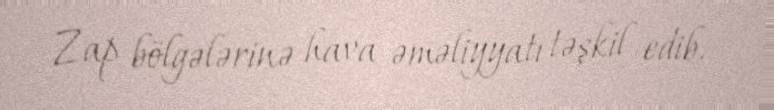
Zap bölgələrinə hava əməliyyatı təşkil edib.